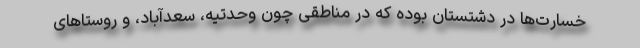
خسارت‌ها در دشتستان بوده که در مناطقی چون وحدتیه، سعدآباد، و روستاهای